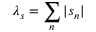
\lambda _ { s } = \sum _ { n } | s _ { n } |